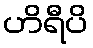
ဟိရီပိ